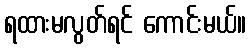
ရထားမလွတ်ရင် ကောင်းမယ်။